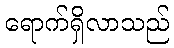
ရောက်ရှိလာသည်